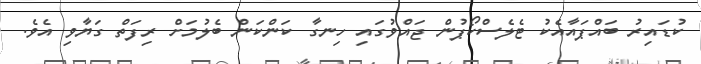
ކުޑައިރު ބައްޕައާއެކު ޓެލެސްކޯޕުން ޖައްވުގައި ހިނގާ ކަންކަން ބެލުމަށް ރިފަތް ގަޔާވި އެވެ.